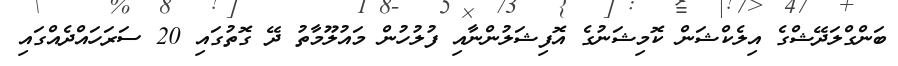
ބަންގްލަދޭޝްގެ އިލެކްޝަން ކޮމިޝަނުގެ އޮފިޝަލުންނާއި ފުލުހުން މައުލޫމާތު ދޭ ގޮތުގައި 20 ސަރަހައްދެއްގައި